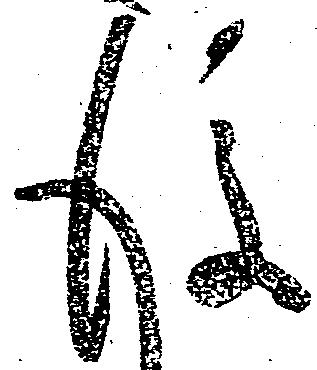
後